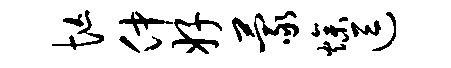
忙仲好蒙燥逗